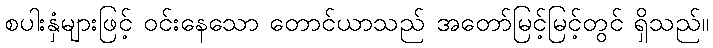
စပါးနှံများဖြင့် ဝင်းနေသော တောင်ယာသည် အတော်မြင့်မြင့်တွင် ရှိသည်။